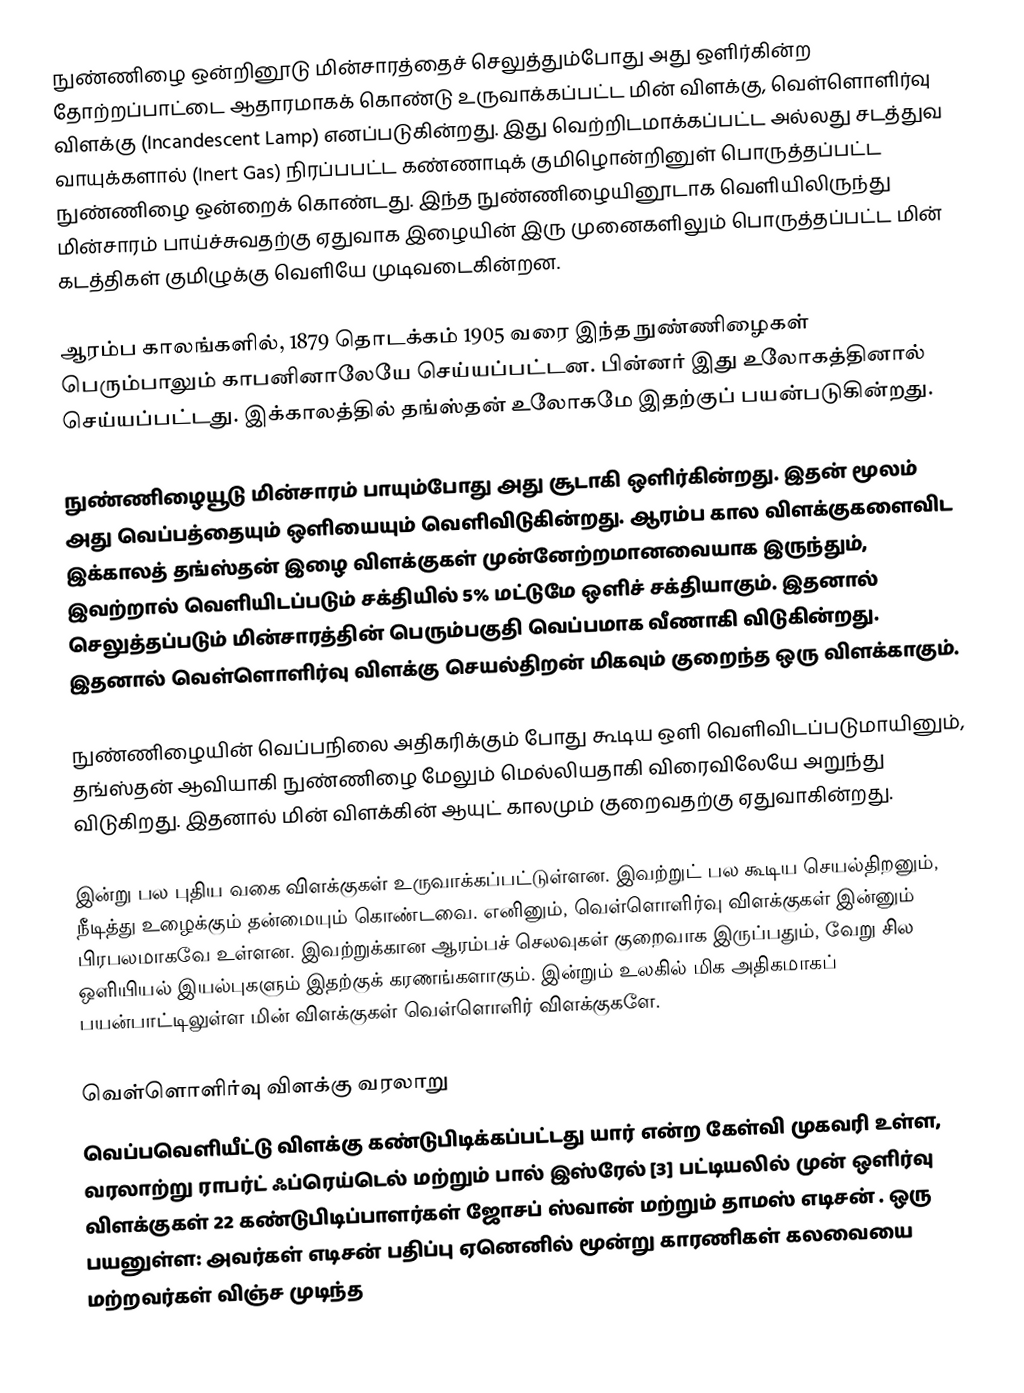
நுண்ணிழை ஒன்றினூடு மின்சாரத்தைச் செலுத்தும்போது அது ஒளிர்கின்ற தோற்றப்பாட்டை ஆதாரமாகக் கொண்டு உருவாக்கப்பட்ட மின் விளக்கு, வெள்ளொளிர்வு விளக்கு (Incandescent Lamp) எனப்படுகின்றது. இது வெற்றிடமாக்கப்பட்ட அல்லது சடத்துவ வாயுக்களால் (Inert Gas) நிரப்பபட்ட கண்ணாடிக் குமிழொன்றினுள் பொருத்தப்பட்ட நுண்ணிழை ஒன்றைக் கொண்டது. இந்த நுண்ணிழையினூடாக வெளியிலிருந்து மின்சாரம் பாய்ச்சுவதற்கு ஏதுவாக இழையின் இரு முனைகளிலும் பொருத்தப்பட்ட மின் கடத்திகள் குமிழுக்கு வெளியே முடிவடைகின்றன.

ஆரம்ப காலங்களில், 1879 தொடக்கம் 1905 வரை இந்த நுண்ணிழைகள் பெரும்பாலும் காபனினாலேயே செய்யப்பட்டன. பின்னர் இது உலோகத்தினால் செய்யப்பட்டது. இக்காலத்தில் தங்ஸ்தன் உலோகமே இதற்குப் பயன்படுகின்றது.

நுண்ணிழையூடு மின்சாரம் பாயும்போது அது சூடாகி ஒளிர்கின்றது. இதன் மூலம் அது வெப்பத்தையும் ஒளியையும் வெளிவிடுகின்றது. ஆரம்ப கால விளக்குகளைவிட இக்காலத் தங்ஸ்தன் இழை விளக்குகள் முன்னேற்றமானவையாக இருந்தும், இவற்றால் வெளியிடப்படும் சக்தியில் 5% மட்டுமே ஒளிச் சக்தியாகும். இதனால் செலுத்தப்படும் மின்சாரத்தின் பெரும்பகுதி வெப்பமாக வீணாகி விடுகின்றது. இதனால் வெள்ளொளிர்வு விளக்கு செயல்திறன் மிகவும் குறைந்த ஒரு விளக்காகும்.

நுண்ணிழையின் வெப்பநிலை அதிகரிக்கும் போது கூடிய ஒளி வெளிவிடப்படுமாயினும், தங்ஸ்தன் ஆவியாகி நுண்ணிழை மேலும் மெல்லியதாகி விரைவிலேயே அறுந்து விடுகிறது. இதனால் மின் விளக்கின் ஆயுட் காலமும் குறைவதற்கு ஏதுவாகின்றது.

இன்று பல புதிய வகை விளக்குகள் உருவாக்கப்பட்டுள்ளன. இவற்றுட் பல கூடிய செயல்திறனும், நீடித்து உழைக்கும் தன்மையும் கொண்டவை. எனினும், வெள்ளொளிர்வு விளக்குகள் இன்னும் பிரபலமாகவே உள்ளன. இவற்றுக்கான ஆரம்பச் செலவுகள் குறைவாக இருப்பதும், வேறு சில ஒளியியல் இயல்புகளும் இதற்குக் கரணங்களாகும். இன்றும் உலகில் மிக அதிகமாகப் பயன்பாட்டிலுள்ள மின் விளக்குகள் வெள்ளொளிர் விளக்குகளே.

வெள்ளொளிர்வு விளக்கு வரலாறு
வெப்பவெளியீட்டு விளக்கு கண்டுபிடிக்கப்பட்டது யார் என்ற கேள்வி முகவரி உள்ள, வரலாற்று ராபர்ட் ஃப்ரெய்டெல் மற்றும் பால் இஸ்ரேல் [3] பட்டியலில் முன் ஒளிர்வு விளக்குகள் 22 கண்டுபிடிப்பாளர்கள் ஜோசப் ஸ்வான் மற்றும் தாமஸ் எடிசன் . ஒரு பயனுள்ள: அவர்கள் எடிசன் பதிப்பு ஏனெனில் மூன்று காரணிகள் கலவையை மற்றவர்கள் விஞ்ச முடிந்த